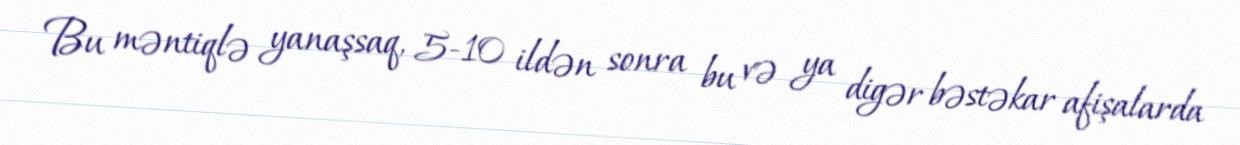
Bu məntiqlə yanaşsaq, 5-10 ildən sonra bu və ya digər bəstəkar afişalarda